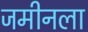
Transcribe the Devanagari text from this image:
जमीनला